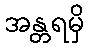
အန္တရမှိ